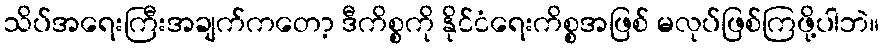
သိပ်အရေးကြီးအချက်ကတော့ ဒီကိစ္စကို နိုင်ငံရေးကိစ္စအဖြစ် မလုပ်ဖြစ်ကြဖို့ပါဘဲ။